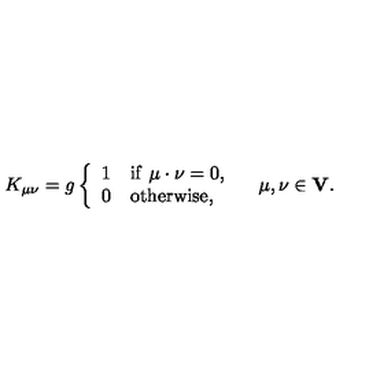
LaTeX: K _ { \mu \nu } = g \left\{ \begin{array} { l l } { 1 } & { \mathrm { i f } \ \mu \cdot \nu = 0 , } \\ { 0 } & { \mathrm { o t h e r w i s e } , } \\ \end{array} \right. \quad \mu , \nu \in { \bf V } .